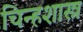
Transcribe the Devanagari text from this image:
चिन्हशास्त्र